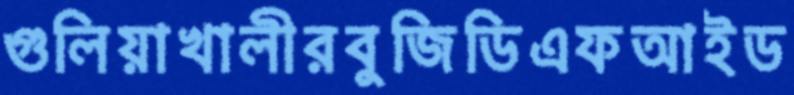
গুলিয়াখালীরবুজিডিএফআইড